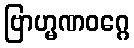
ဗြာဟ္မဏဝဂ္ဂေ